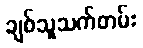
ချစ်သူသက်တမ်း